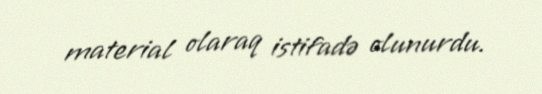
material olaraq istifadə olunurdu.